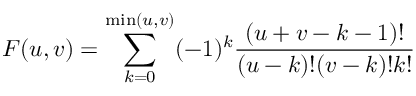
F ( u , v ) = \sum _ { k = 0 } ^ { \mathrm { m i n } ( u , v ) } ( - 1 ) ^ { k } \frac { ( u + v - k - 1 ) ! } { ( u - k ) ! ( v - k ) ! k ! }